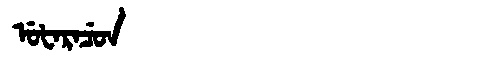
Manchu: ᡠᡶᠠᡵᠠᠴᡠᠨ
Romanization: UFARACUN